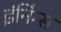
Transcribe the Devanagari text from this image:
इंनिंग्स